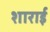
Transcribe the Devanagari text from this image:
शाराई